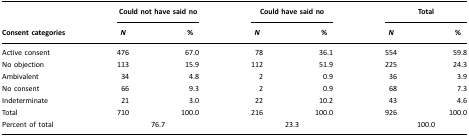
|  | <COLSPAN=2> Could not have said no | <COLSPAN=2> Could have said no | <COLSPAN=2> Total |
 | Consent categories | N | % | N | % | N | % |
 | --- | --- | --- | --- | --- | --- | --- |
 | Active consent | 476 | 67.0 | 78 | 36.1 | 554 | 59.8 |
 | No objection | 113 | 15.9 | 112 | 51.9 | 225 | 24.3 |
 | Ambivalent | 34 | 4.8 | 2 | 0.9 | 36 | 3.9 |
 | No consent | 66 | 9.3 | 2 | 0.9 | 68 | 7.3 |
 | Indeterminate | 21 | 3.0 | 22 | 10.2 | 43 | 4.6 |
 | Total | 710 | 100.0 | 216 | 100.0 | 926 | 100.0 |
 | Percent of total | <COLSPAN=2> 76.7 | <COLSPAN=2> 23.3 | <COLSPAN=2> 100.0 |